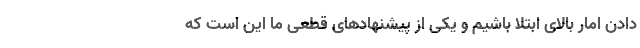
دادن امار بالای ابتلا باشیم و یکی از پیشنهادهای قطعی ما این است که